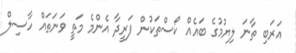
އަރަބި ތާނަ ލިޔުމުގެ ބައެއް ކޯސްތަކުން ފަރީދާ އެންމެ މަތީ ވަނަތައް ހާސިލް